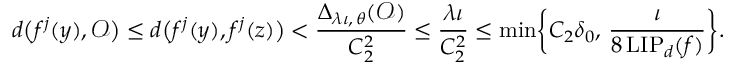
d \bigl ( f ^ { j } ( y ) , \mathcal { O } \bigr ) \leq d \bigl ( f ^ { j } ( y ) , f ^ { j } ( z ) \bigr ) < \frac { \Delta _ { \lambda \iota , \, \theta } ( \mathcal { O } ) } { C _ { 2 } ^ { 2 } } \leq \frac { \lambda \iota } { C _ { 2 } ^ { 2 } } \leq \operatorname* { m i n } \biggl \{ C _ { 2 } \delta _ { 0 } , \, \frac { \iota } { 8 \operatorname { L I P } _ { d } ( f ) } \biggr \} .